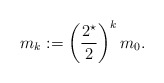
\begin{align*}m_k := \left(\frac{2^{\star}}{2}\right)^k m_0.\end{align*}